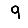
Digit: 9